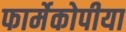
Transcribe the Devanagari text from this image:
फार्मेकोपीया